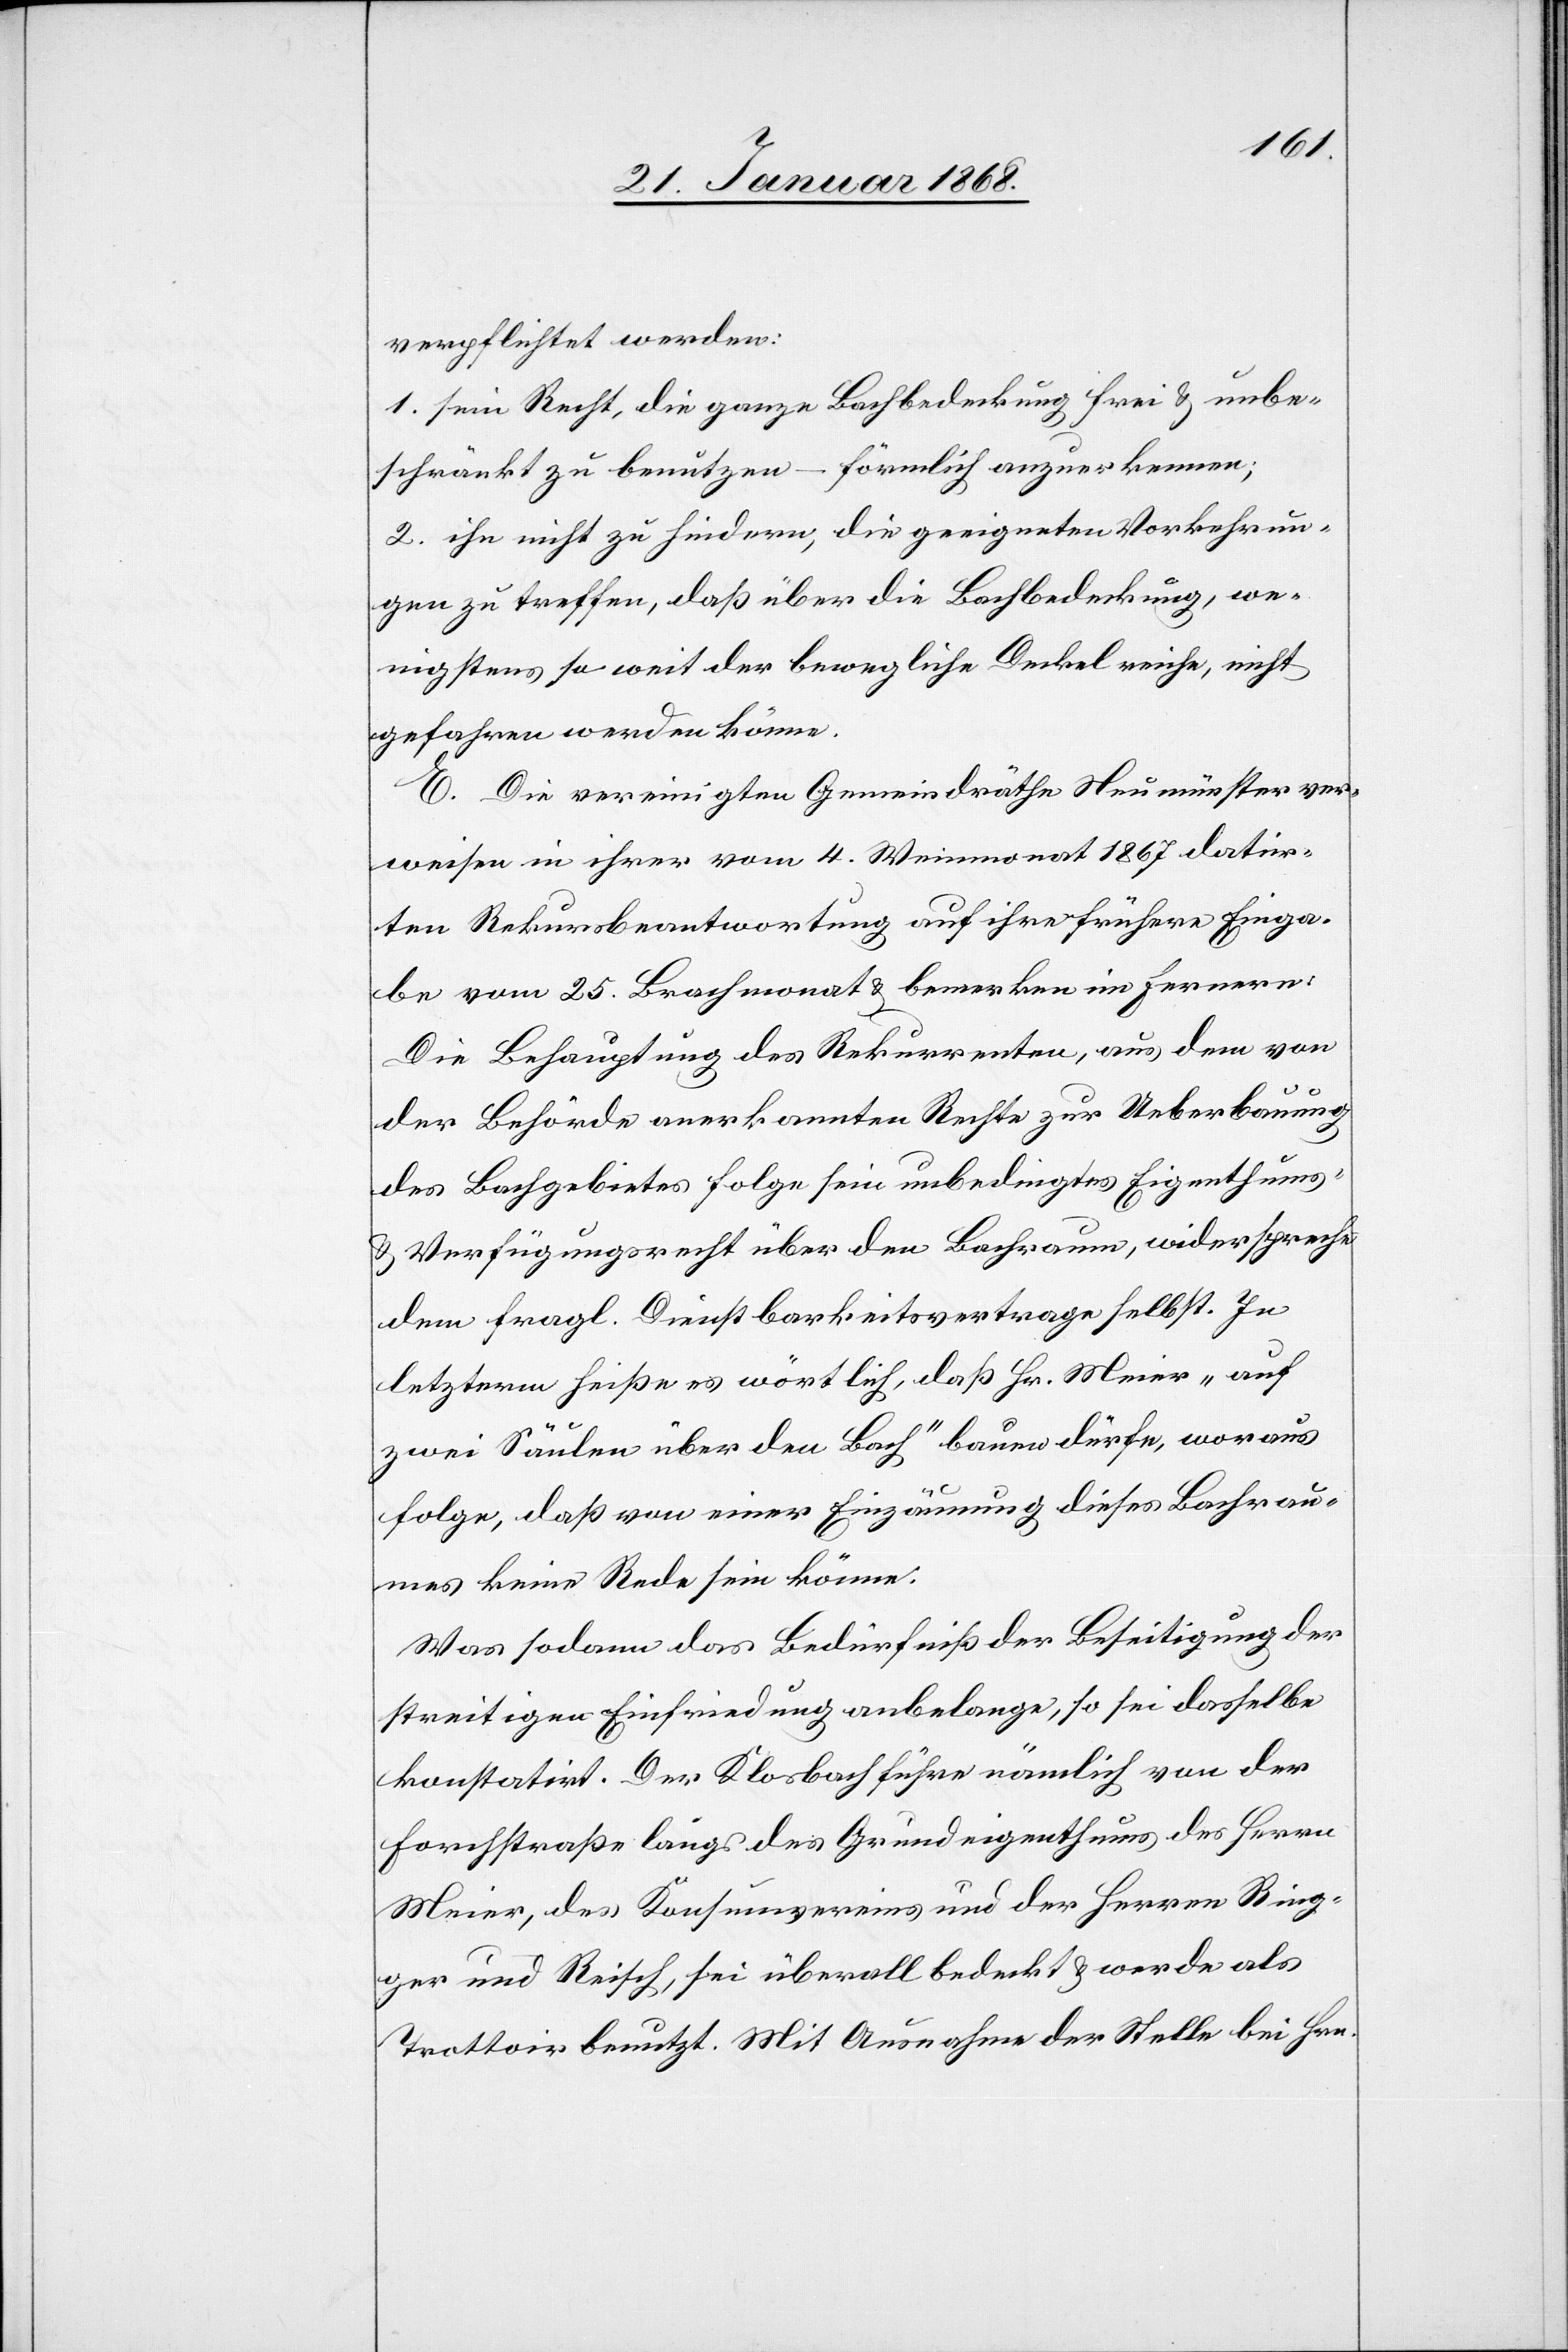
verpflichtet werden:
1. sein Recht, die ganze Bachbedeckung frei & unbe¬
schränkt zu benutzen – förmlich anzuerkennen;
2. ihn nicht zu hindern, die geeigneten Vorkehrun¬
gen zu treffen, daß über die Bachbedeckung, we¬
nigstens so weit der bewegliche Deckel reiche, nicht
gefahren werden könne.
F.] Die vereinigten Gemeindräthe Neumünster ver¬
weisen in ihrer vom 4. Weinmonat 1867 datir¬
ten Rekursbeantwortung auf ihre frühere Einga¬
be vom 25. Brachmonat & bemerken im Fernern:
Die Behauptung des Rekurrenten, aus dem von
der Behörde anerkannten Rechte zur Ueberbauung
des Bachgebietes folge sein unbedingtes Eigenthums-
& Verfügungsrecht über den Bachraum, widerspreche
dem fragl. Dienstbarkeitsvertrage selbst. In
letzterm heiße es wörtlich, daß Hr. Meier „auf
zwei Säulen über den Bach“ bauen dürfe, woraus
folge, daß von einer Einzäunung dieses Bachrau¬
mes keine Rede sein könne.
Was sodann das Bedürfniß der Beseitigung der
streitigen Einfriedung anbelange, so sei dasselbe
konstatirt. Der Klosbach führe nämlich von der
Forchstraße längs des Grundeigenthums des Herrn
Meier, des Konsumvereins und der Herren Ring¬
ger und Reisch, sei überall bedeckt & werde als
Trottoir benutzt. Mit Ausnahme der Stelle bei Hrn.